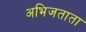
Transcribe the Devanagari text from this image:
अभिजताता